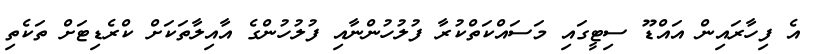
އެ ފިހާރައިން އައްޑޫ ސިޓީގައި މަސައްކަތްކުރާ ފުލުހުންނާއި ފުލުހުންގެ އާއިލާތަކަށް ކްރެޑިޓަށް ތަކެތި